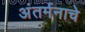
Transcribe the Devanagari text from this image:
अंतर्मनाचे